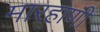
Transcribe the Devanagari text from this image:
मारहाणी